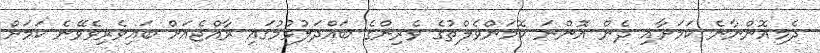
ދެމިއޮންނާނެ ކަމަށާއި ދެން އޮންނަ ކޮމަންވެލްތުގެ ވެރިންގެ ބައްދަލުވުމުގައި ރާއްޖެއަށް ބައިވެރިވެވޭނެ ކަަމަށް